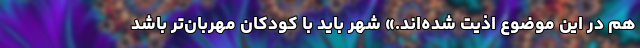
هم در این موضوع اذیت شده‌اند.» شهر بايد با كودكان مهربان‌تر باشد